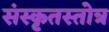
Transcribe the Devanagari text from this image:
संस्कृतस्तोत्र